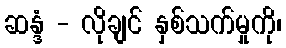
ဆန္ဒံ - လိုချင် နှစ်သက်မှုကို၊